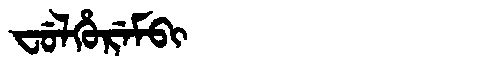
Manchu: ᠸᡠᠯᡥᡠᡵᡝᠮᠪᡳ
Romanization: FULHUREMBI